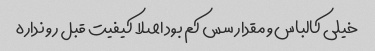
خیلی کالباس و مقدار سس کم بود اصلا کیفیت قبل رو نداره